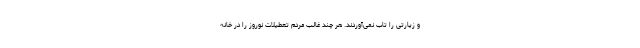
و زیارتی را تاب نمی‌آوردند. هر چند غالب مردم تعطیلات نوروز را در خانه